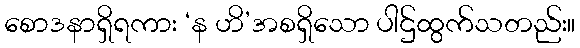
စောဒနာရှိရကား ‘န ဟိ’အစရှိသော ပါဌ်ထွက်သတည်း။